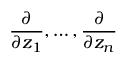
{ \frac { \partial } { \partial z _ { 1 } } } , \ldots , { \frac { \partial } { \partial z _ { n } } }